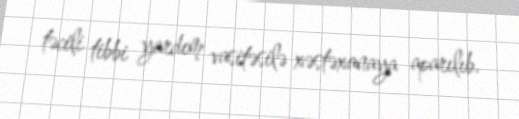
təcili tibbi yardım vasitəsilə xəstəxanaya aparılıb.